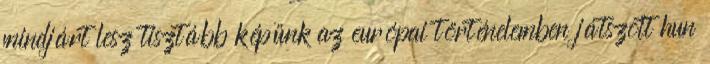
mindjárt lesz tisztább képünk az európai történelemben játszott hun